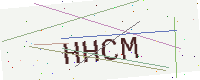
Text: HHCM